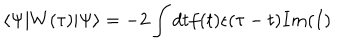
LaTeX: \left< \Psi | W ( \tau ) | \Psi \right> = - 2 \int d t f ( t ) \epsilon ( \tau - t ) I m ( I )